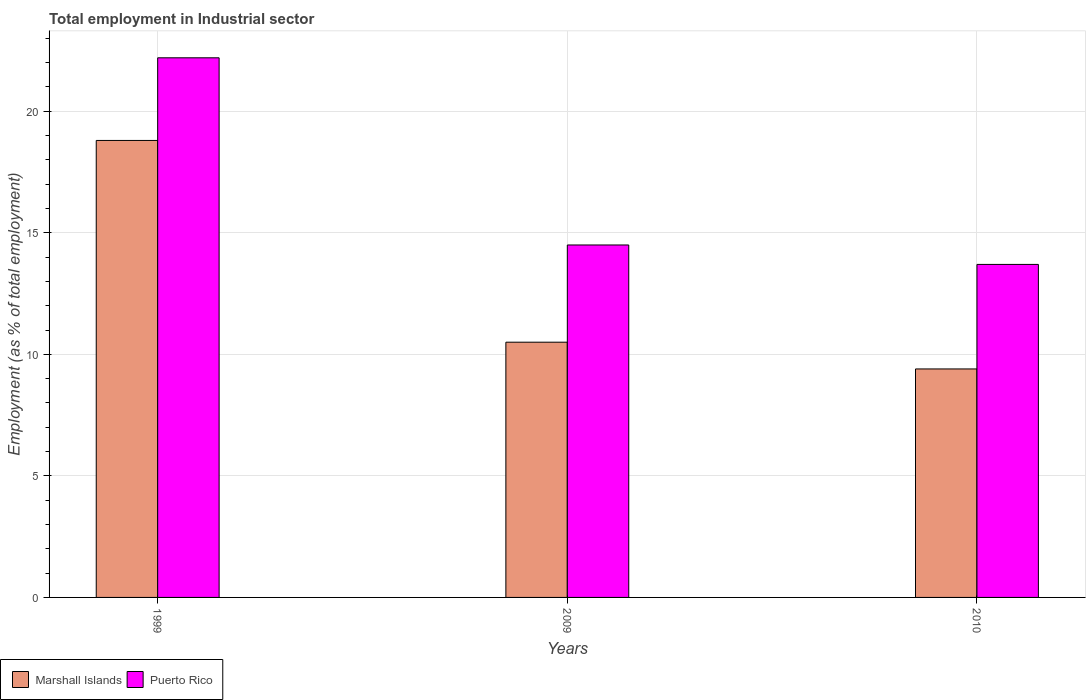
| Years | Marshall Islands | Puerto Rico |
 | --- | --- | --- |
 | 1999 | 18.8 | 22.2 |
 | 2009 | 10.5 | 14.5 |
 | 2010 | 9.4 | 13.7 |